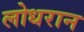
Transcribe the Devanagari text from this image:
लोधरान